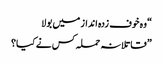
“ وہ خوف زدہ انداز میں بولا
” قاتلانہ حملہ کس نے کیا؟